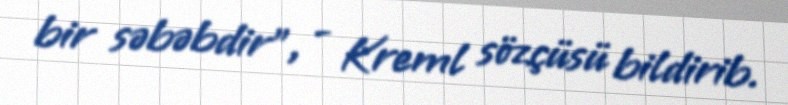
bir səbəbdir”, - Kreml sözçüsü bildirib.